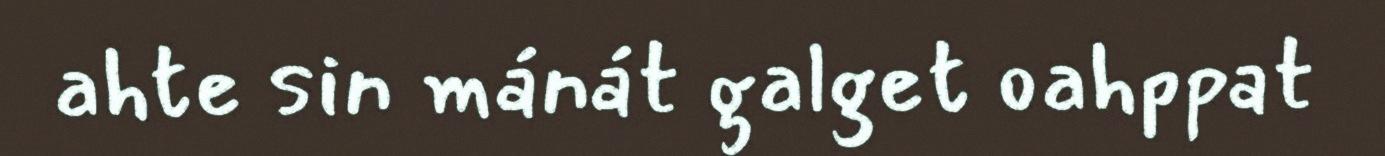
ahte sin mánát galget oahppat